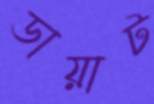
ডায়াট